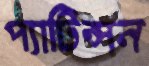
প্যাটিন্সন